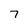
Character: 7